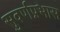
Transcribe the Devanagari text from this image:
सुवर्णप्रभास